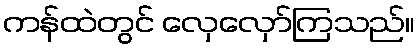
ကန်ထဲတွင် လှေလှော်ကြသည်။